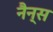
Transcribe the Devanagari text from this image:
नैन्स